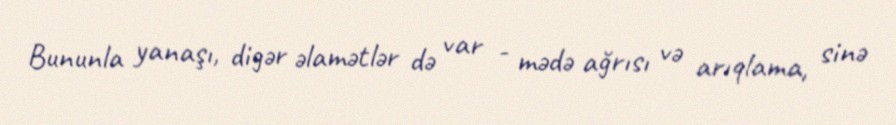
Bununla yanaşı, digər əlamətlər də var - mədə ağrısı və arıqlama, sinə